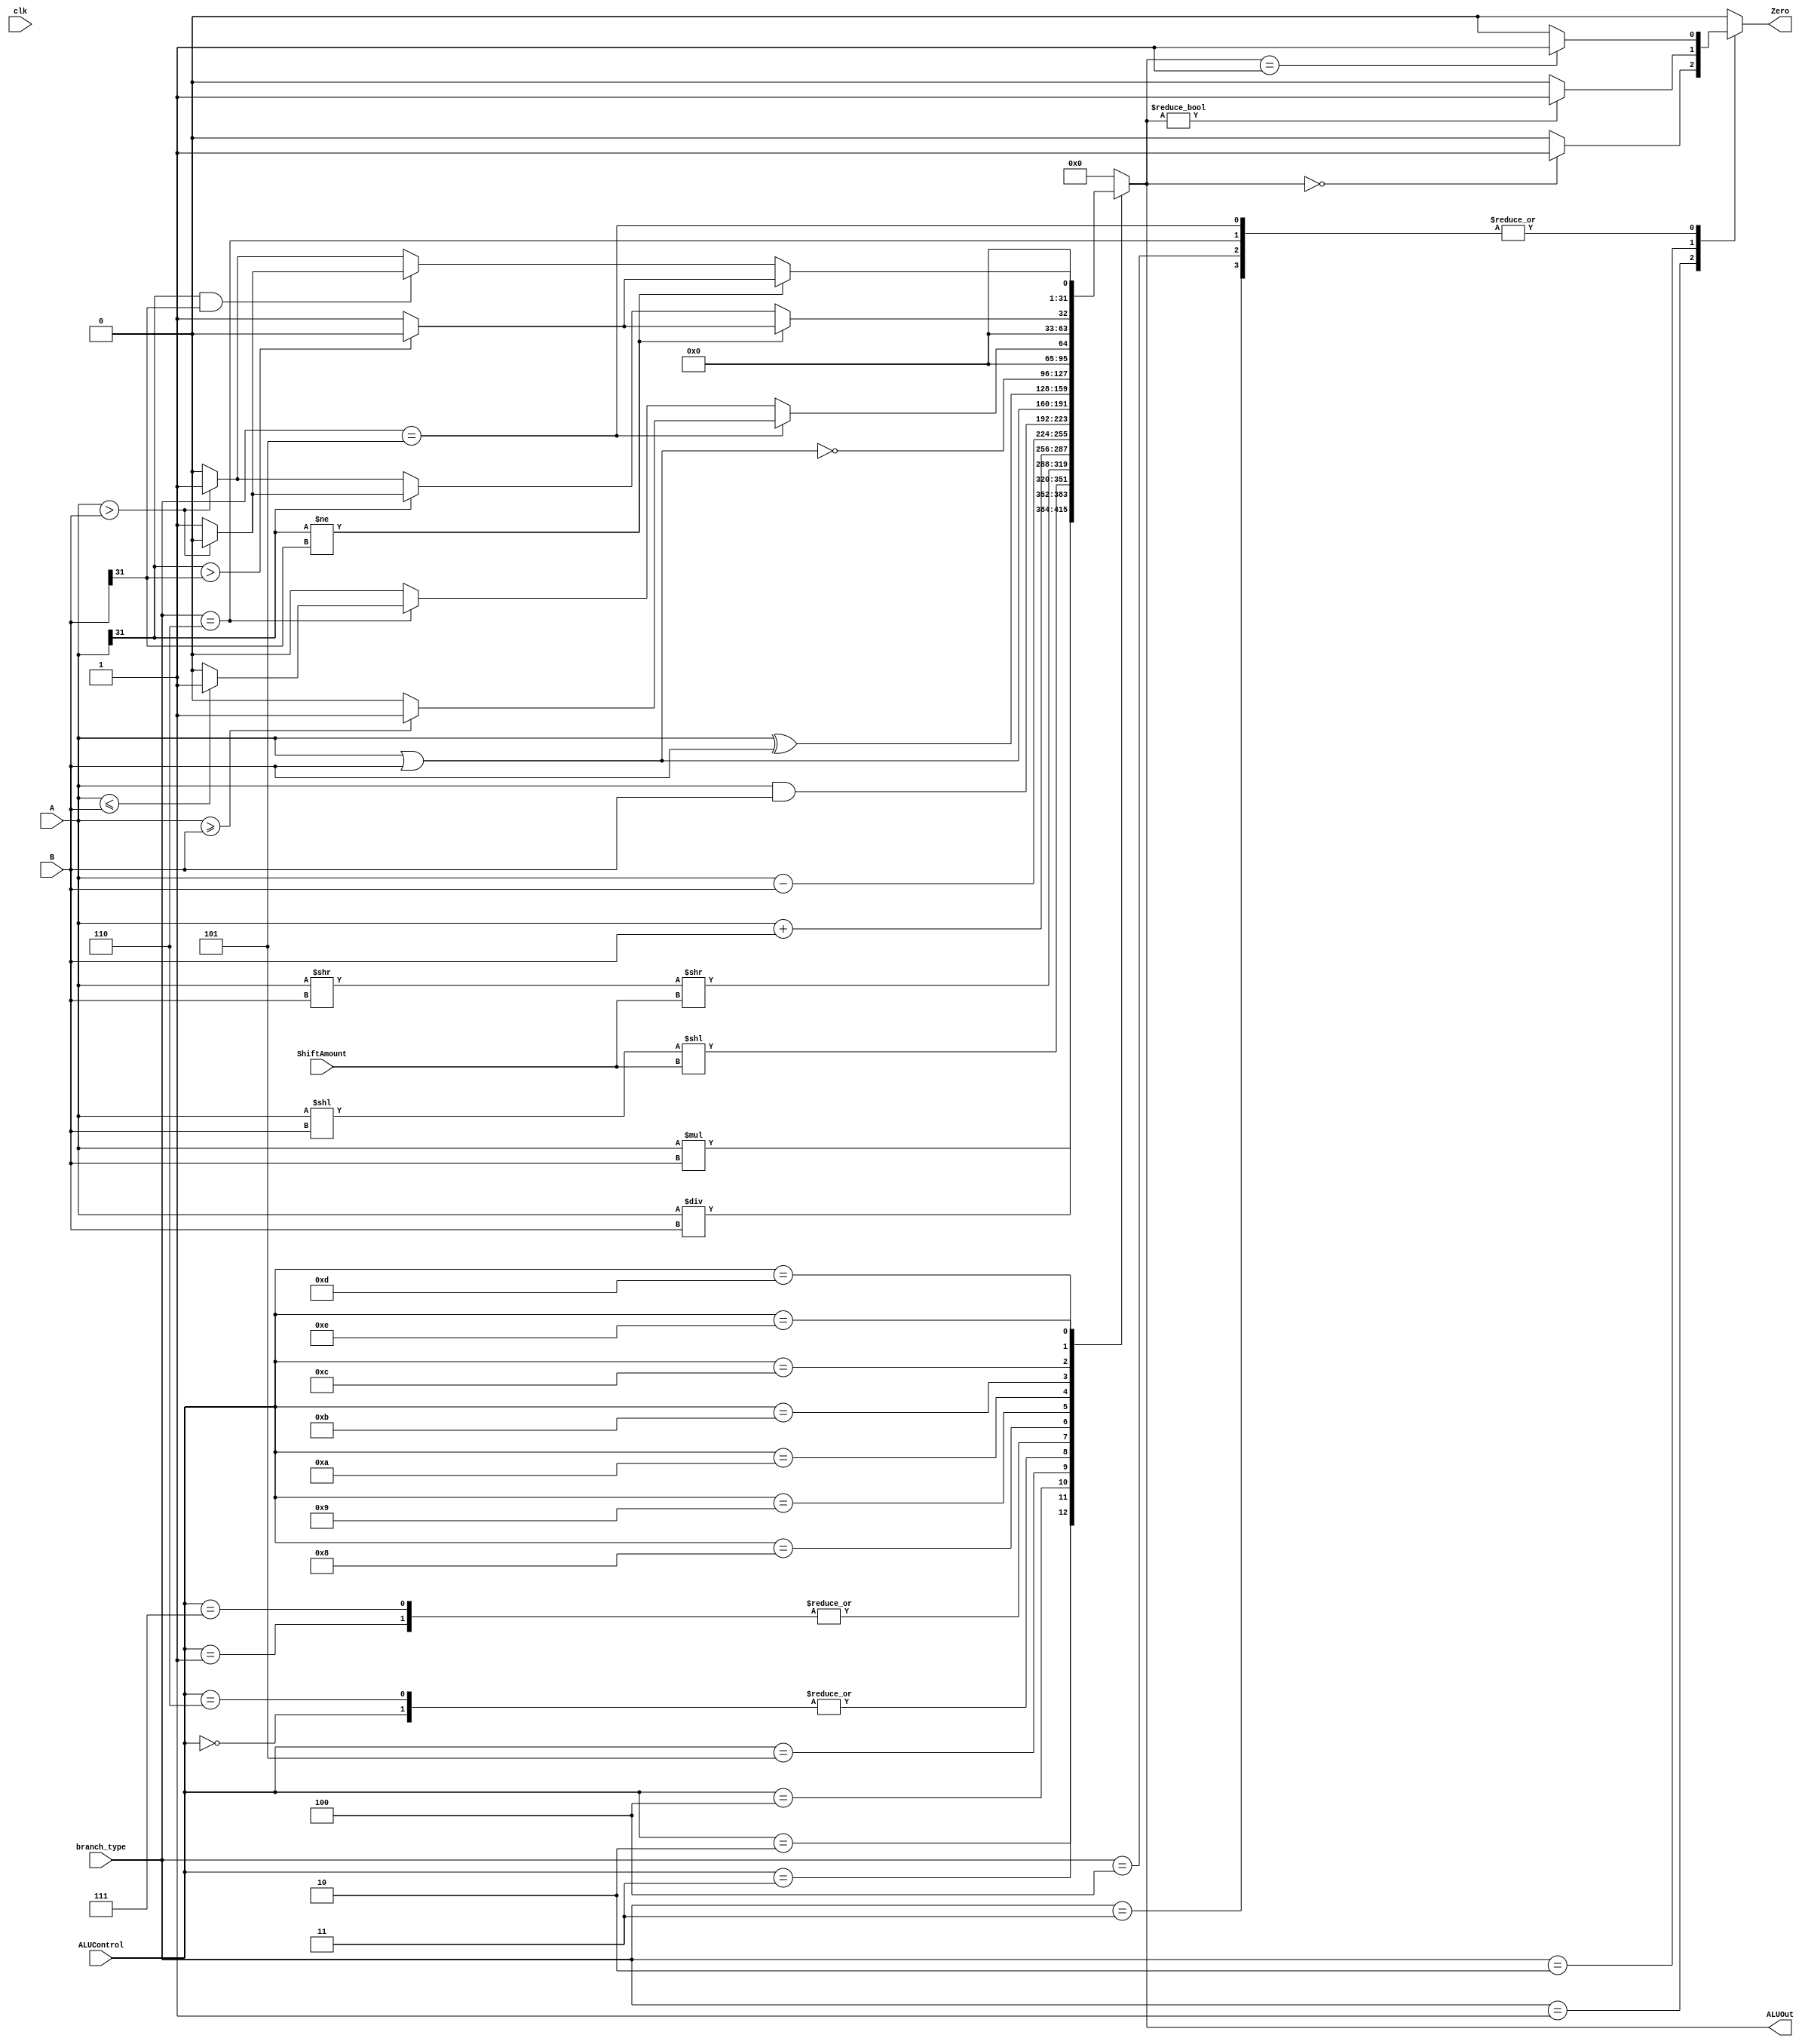
module ALU(
	 input	clk,
    input [31:0] A, // 32-bit input A
    input [31:0] B, // 32-bit input B
    input [3:0] ALUControl, // 4-bit ALU control
    input [4:0] ShiftAmount, // 5-bit input for shift amount
    input [2:0] branch_type,
	 output reg [31:0] ALUOut, // 32-bit output
    output reg Zero // Zero flag
   
);
reg Overflow;
reg CarryOut;
//reg [31:0] ALUOut;
/*
addu 
subu

*/
always @(*) begin
    case(ALUControl)
        4'b0000: ALUOut <= A + B; // Addition (signed)
        4'b0001: ALUOut <= A - B; // Subtraction (signed)
        4'b0010: ALUOut <= A * B; // Multiplication (signed)
        4'b0011: ALUOut <= A / B; // Division (signed/unsigned)
       
		 // 4'b0100: ALUOut <= A << ShiftAmount; // Logical shift left
        //4'b0101: ALUOut <= A >> ShiftAmount; // Logical shift right
//		  4'b0100: ALUOut <= A << B; // Logical shift left
//        4'b0101: ALUOut <= A >> B; // Logical shift right
        4'b0100: ALUOut <= ((A << B) << ShiftAmount); // Logical shift left  //edited for BM1
        4'b0101: ALUOut <= ((A >> B) >> ShiftAmount); // Logical shift right //edited for BM1
		 
		 
		 
        4'b0110: ALUOut <= A + B; // addu
		  4'b0111: ALUOut <= A - B; // subu
        4'b1000: ALUOut <= A & B; // Logical AND
        4'b1001: ALUOut <= A | B; // Logical OR
        4'b1010: ALUOut <= A ^ B; // Logical XOR
        4'b1011: ALUOut <= ~(A | B); // Logical NOR
        4'b1100: ALUOut <= (branch_type == 3'b101) ? (A >= B) ? 32'b1 : 32'b0 :
                (branch_type == 3'b110) ? (A <= B) ? 32'b1 : 32'b0 : 32'b0;
       // 4'b1101: ALUOut <= (A < B) ? 32'b1 : 32'b0; // less than
		 // 4'b1110: ALUOut <= (A > B) ? 32'b1 : 32'b0; // greater than
		  
		  4'b1101: begin//less than
		  
    if (A[31] != B[31]) begin // Signs are different
	 
        ALUOut <= (A[31] > B[31]) ? 32'b0 : 32'b1; // Compare signs
    end
	 
	 else begin // Signs are the same
	 
	 
	 if(A[31]==1'b1)begin
	 ALUOut <= (A > B) ? 32'b0 : 32'b1;
	 end 
	 else begin
        ALUOut <= (A > B) ? 32'b1 : 32'b0; // Compare magnitudes
		  end
end
end


		  
		4'b1110: begin //GREATER THAN
    if (A[31] != B[31]) begin // Signs are different
        ALUOut <= (A[31] > B[31]) ? 32'b0 : 32'b1; // Compare signs
    end
    else begin // Signs are the same
        if (A[31] == 1'b1 && B[31] == 1'b1) begin
            ALUOut <= (A > B) ? 32'b0 : 32'b1; // Compare magnitudes (treat as unsigned)
        end
        else begin
            ALUOut <= (A > B) ? 32'b1 : 32'b0; // Compare magnitudes (treat as unsigned)
        end
    end
end

        default: ALUOut <= 32'b0; // Default operation
    endcase
end

always @(*) begin
    if (ALUControl == 4'b0000) begin // Addition (signed)
        Overflow <= (A[31] == B[31] && A[31] != ALUOut[31]);
        CarryOut <= (A[31] & B[31]) | (A[31] & ALUOut[31]) | (B[31] & ALUOut[31]);
    end else if (ALUControl == 4'b0001) begin // Subtraction (signed)
        Overflow <= (A[31] != B[31] && A[31] != ALUOut[31]);
        CarryOut <= (A[31] & B[31]) | (A[31] & ALUOut[31]) | (B[31] & ALUOut[31]);
    end else if (ALUControl == 4'b0010) begin // Multiplication (signed)
        Overflow <= (A[31] == B[31] && A[31] != ALUOut[31]);
        CarryOut <= 1'b0; // No carry-out for multiplication
    end else if (ALUControl == 4'b0011) begin // Division (signed/unsigned)
        Overflow <= (B == 32'b0); // Detect division by zero
        CarryOut <= 1'b0;
	 end else if ((ALUOut < A) && (ALUOut < B) && (ALUControl == 4'b0110)) begin
	 Overflow <= 1'b0;
	 CarryOut <= 1'b1;
    end else begin
        Overflow <= 1'b0;
        CarryOut <= 1'b0;
    end
end




always @(*) begin
case(branch_type)
				3'b001: Zero <= (ALUOut == 32'b0) ? 1'b1 : 1'b0; // beq
            3'b010: Zero <= (ALUOut != 32'b0) ? 1'b1 : 1'b0; // bne
            3'b011: Zero <= (ALUOut == 32'b1) ? 1'b1 : 1'b0; // bgt
            3'b100: Zero <= (ALUOut == 32'b1) ? 1'b1 : 1'b0; // blt
            3'b101: Zero <= (ALUOut == 32'b1) ? 1'b1 : 1'b0; // bge
            3'b110: Zero <= (ALUOut == 32'b1) ? 1'b1 : 1'b0; // ble

default: Zero <= 1'b0;
endcase
end


endmodule